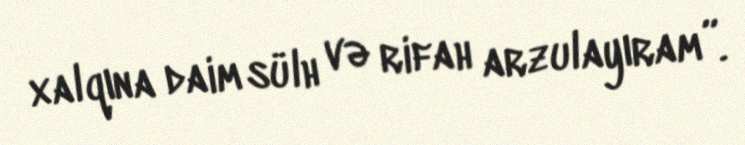
xalqına daim sülh və rifah arzulayıram”.